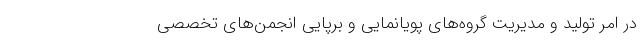
در امر تولید و مدیریت گروه‌های پویانمایی و برپایی انجمن‌های تخصصی